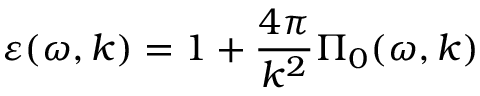
\varepsilon ( \omega , \boldsymbol { k } ) = 1 + \frac { 4 \pi } { k ^ { 2 } } \Pi _ { 0 } ( \omega , \boldsymbol { k } )